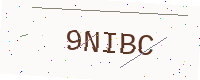
Text: 9NIBC